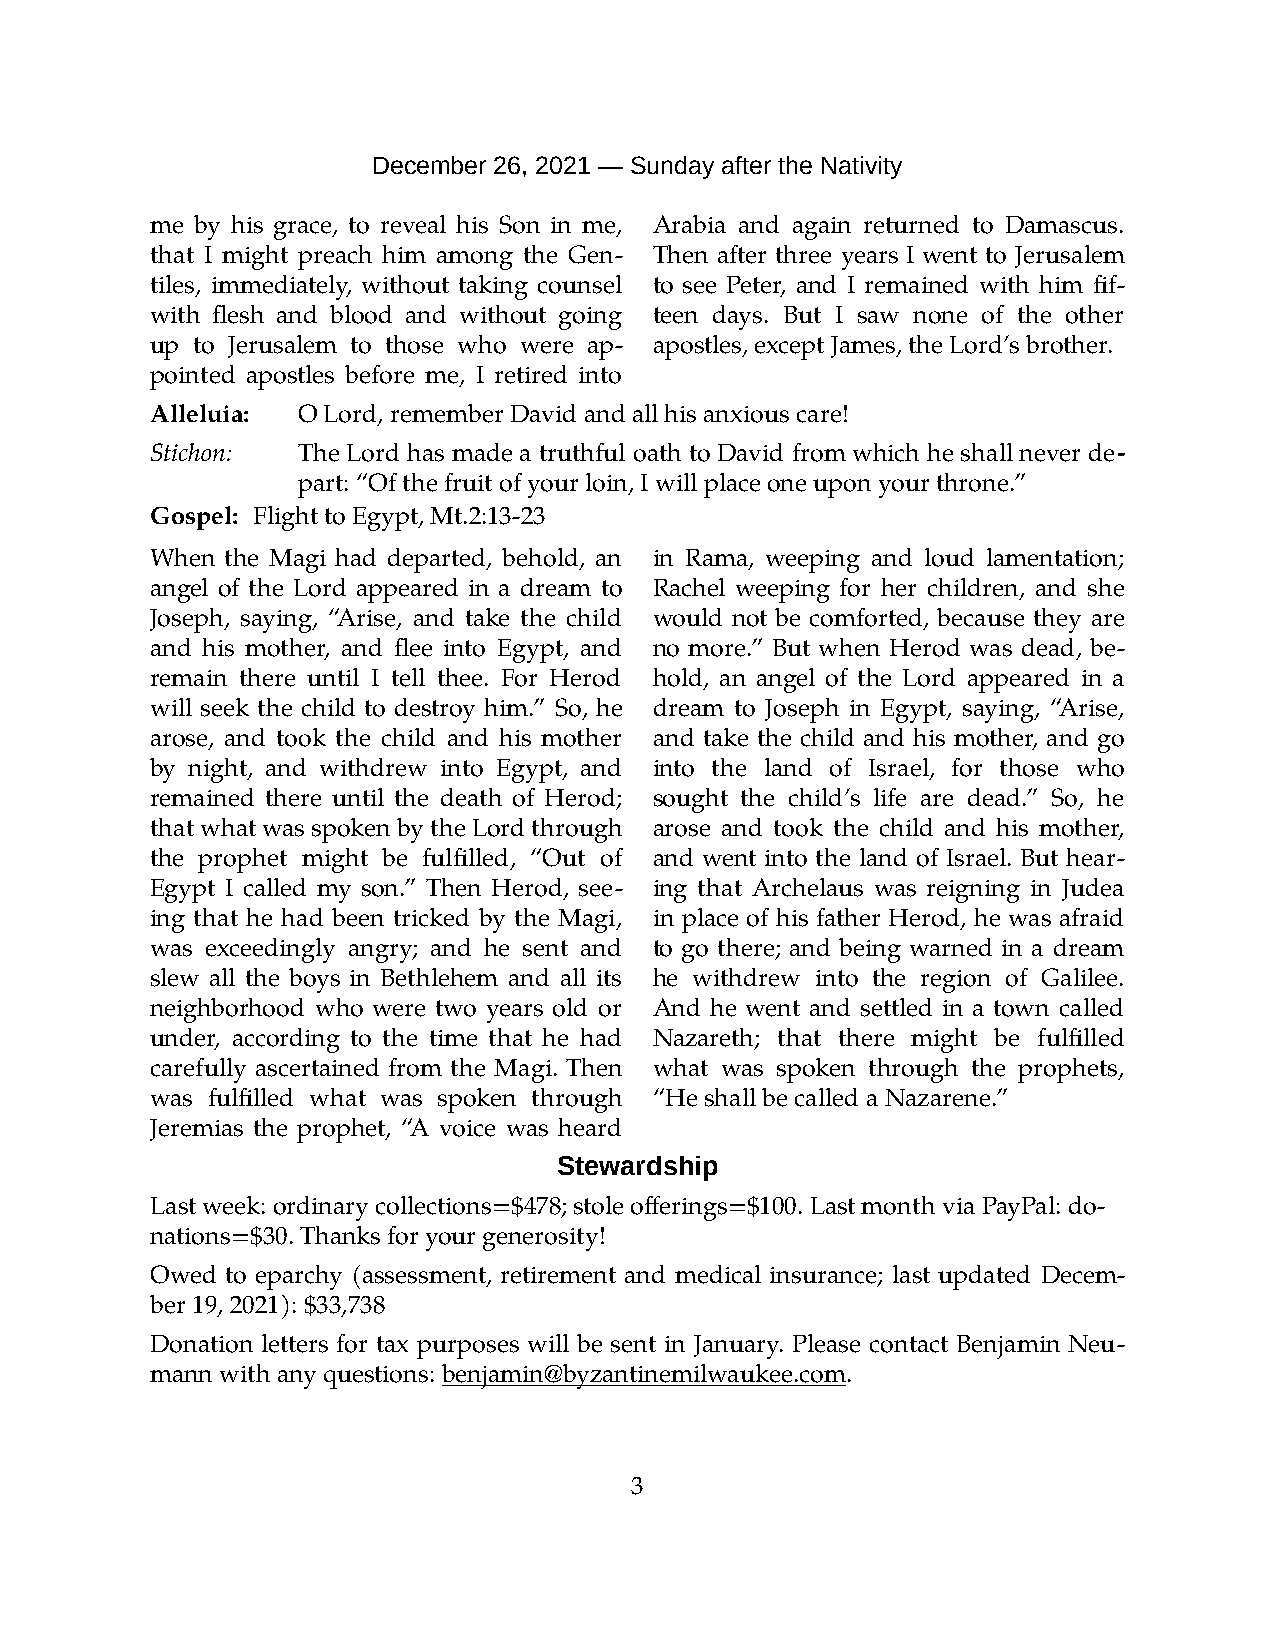
December 26, 2021 — Sunday after the Nativity
 me by his grace, to reveal his Son in me, Arabia and again returned to Damascus.
 that I might preach him among the Gen- Then after three years I went to Jerusalem
 tiles, immediately, without taking counsel to see Peter, and I remained with him fif-
 with flesh and blood and without going teen days. But I saw none of the other
 up to Jerusalem to those who were ap- apostles, except James, the Lord’s brother.
 pointed apostles before me, I retired into
 Alleluia: O Lord, remember David and all his anxious care!
 Stichon:  The Lord has made a truthful oath to David from which he shall never de-
 part: “Of the fruit of your loin, I will place one upon your throne.”
 Gospel: Flight to Egypt, Mt.2:13-23
 When the Magi had departed, behold, an in Rama, weeping and loud lamentation;
 angel of the Lord appeared in a dream to Rachel weeping for her children, and she
 Joseph, saying, “Arise, and take the child would not be comforted, because they are
 and his mother, and flee into Egypt, and no more.” But when Herod was dead, be-
 remain there until I tell thee. For Herod hold, an angel of the Lord appeared in a
 will seek the child to destroy him.” So, he dream to Joseph in Egypt, saying, “Arise,
 arose, and took the child and his mother and take the child and his mother, and go
 by night, and withdrew into Egypt, and into the land of Israel, for those who
 remained there until the death of Herod; sought the child’s life are dead.” So, he
 that what was spoken by the Lord through arose and took the child and his mother,
 the prophet might be fulfilled, “Out of and went into the land of Israel. But hear-
 Egypt I called my son.” Then Herod, see- ing that Archelaus was reigning in Judea
 ing that he had been tricked by the Magi, in place of his father Herod, he was afraid
 was exceedingly angry; and he sent and to go there; and being warned in a dream
 slew all the boys in Bethlehem and all its he withdrew into the region of Galilee.
 neighborhood who were two years old or And he went and settled in a town called
 under, according to the time that he had Nazareth; that there might be fulfilled
 carefully ascertained from the Magi. Then what was spoken through the prophets,
 was fulfilled what was spoken through “He shall be called a Nazarene.”
 Jeremias the prophet, “A voice was heard
 Stewardship
 Last week: ordinary collections=$478; stole offerings=$100. Last month via PayPal: do-
 nations=$30. Thanks for your generosity!
 Owed to eparchy (assessment, retirement and medical insurance; last updated Decem-
 ber 19, 2021): $33,738
 Donation letters for tax purposes will be sent in January. Please contact Benjamin Neu-
 mann with any questions: benjamin@byzantinemilwaukee.com.
 3